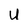
Character: U